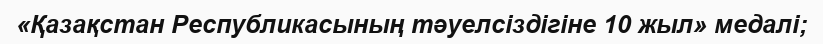
«Қазақстан Республикасының тәуелсіздігіне 10 жыл» медалі;